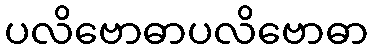
ပလိဗောဓာပလိဗောဓာ